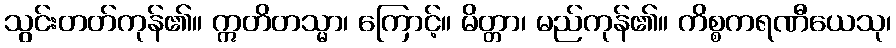
သွင်းတတ်ကုန်၏။ ဣတိတသ္မာ၊ ကြောင့်။ မိတ္တာ၊ မည်ကုန်၏။ ကိစ္စကရဏီယေသု၊